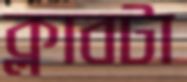
ক্লাবটা